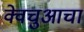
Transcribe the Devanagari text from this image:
क्वेचुआचा